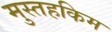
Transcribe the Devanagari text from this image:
मुस्तहकिम